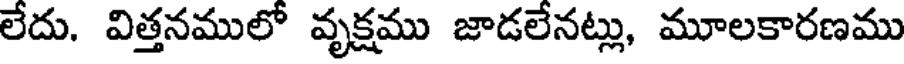
లేదు. విత్తనములో వృక్షము జాడలేనట్లు, మూలకారణము